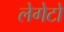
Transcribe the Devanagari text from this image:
लेगेटो